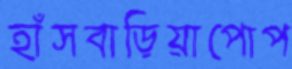
হাঁসবাড়িয়াপোপ